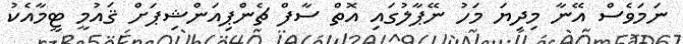
ނަމަވެސް އޭނާ މިދިޔަ މަހު ނޭޕާލުގައި އޮތް ސާފް ޗެންޕިއަންޝިޕަށް ޤައުމީ ޓީމާއެކު